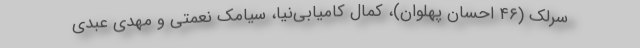
سرلک (۴۶ احسان پهلوان)، کمال کامیابی‌نیا، سیامک نعمتی و مهدی عبدی